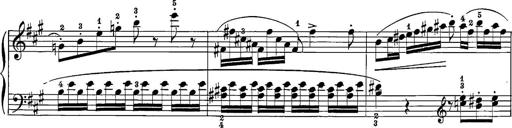
Title: 12 Sonatine per Pianoforte
Composer: Friedrich Kuhlau